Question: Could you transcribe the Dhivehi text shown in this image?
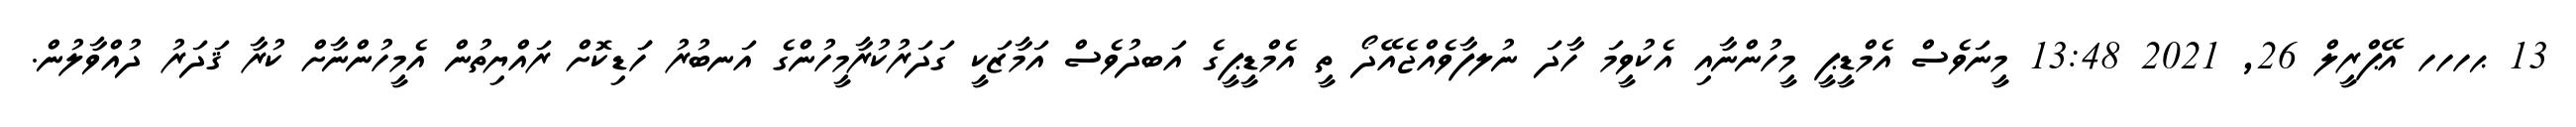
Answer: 13 ޙހހހ އޭޕްރީލް 26, 2021 13:48 މީނަވެސް އެމްޑީޕީ މީހުންނާއި އެކުވީމަ ހާދަ ނުލފާވެއްޖެއޭދޯ ތީ އެމްޑީޕީގެ އަބދުވެސް އަމާޒަކީ ގަދަރުކުރާމީހުންގެ އަނބުރު ހަަޑިކޮށް ރައްޔިތުން އެމީހުންނާށް ކުރާ ޤަދަރު ދުއްވާލުން.